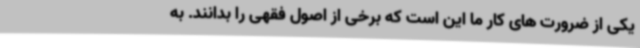
یکی از ضرورت های کار ما این است که برخی از اصول فقهی را بدانند. به